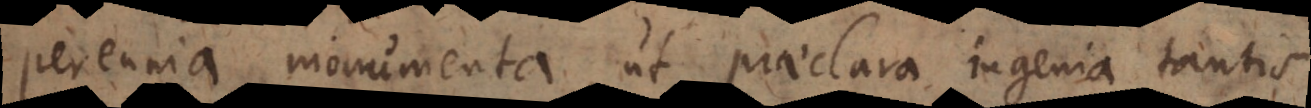
perennia monumenta, ut praeclara ingenia tantis